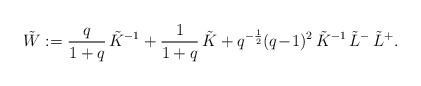
LaTeX: \begin{align*}\tilde W := \frac q{1+q}\, \tilde K^{-1} + \frac 1{1+q}\, \tilde K + q^{-\frac 12}(q\!-\!1)^2\, \tilde K^{-1} \,\tilde L^-\,\tilde L^+.\end{align*}